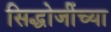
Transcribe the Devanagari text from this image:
सिद्धोजींच्या